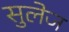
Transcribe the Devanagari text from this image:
सुलेज